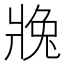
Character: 𱭒